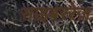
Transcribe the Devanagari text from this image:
साइबररेज़